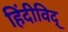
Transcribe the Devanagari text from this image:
हिंदीविद्‍